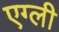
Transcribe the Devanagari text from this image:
एग्ली